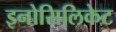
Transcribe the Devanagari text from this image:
इनोसिलिकेट